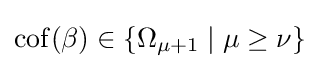
\operatorname {cof} (\beta )\in \{\Omega _{\mu +1}\mid \mu \geq \nu \}